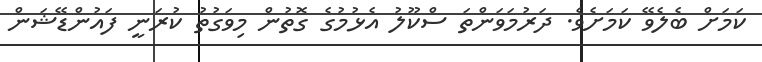
ކަމަށް ބެލެވޭ ކަމަށެވެ. ދަރުމަވަންތަ ސްކޫލު އެޅުމުގެ ގޮތުން މިވަގުތު ކުރަނީ ފައުންޑޭޝަން